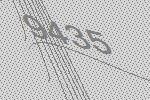
9435